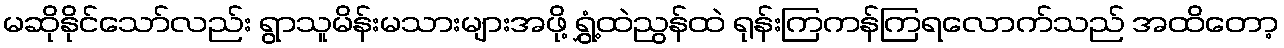
မဆိုနိုင်သော်လည်း ရွာသူမိန်းမသားများအဖို့ ရွှံ့ထဲညွန်ထဲ ရုန်းကြကန်ကြရလောက်သည် အထိတော့